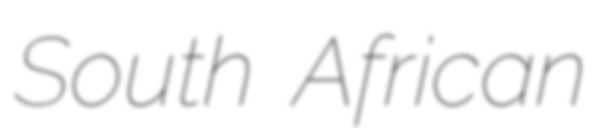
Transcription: South African